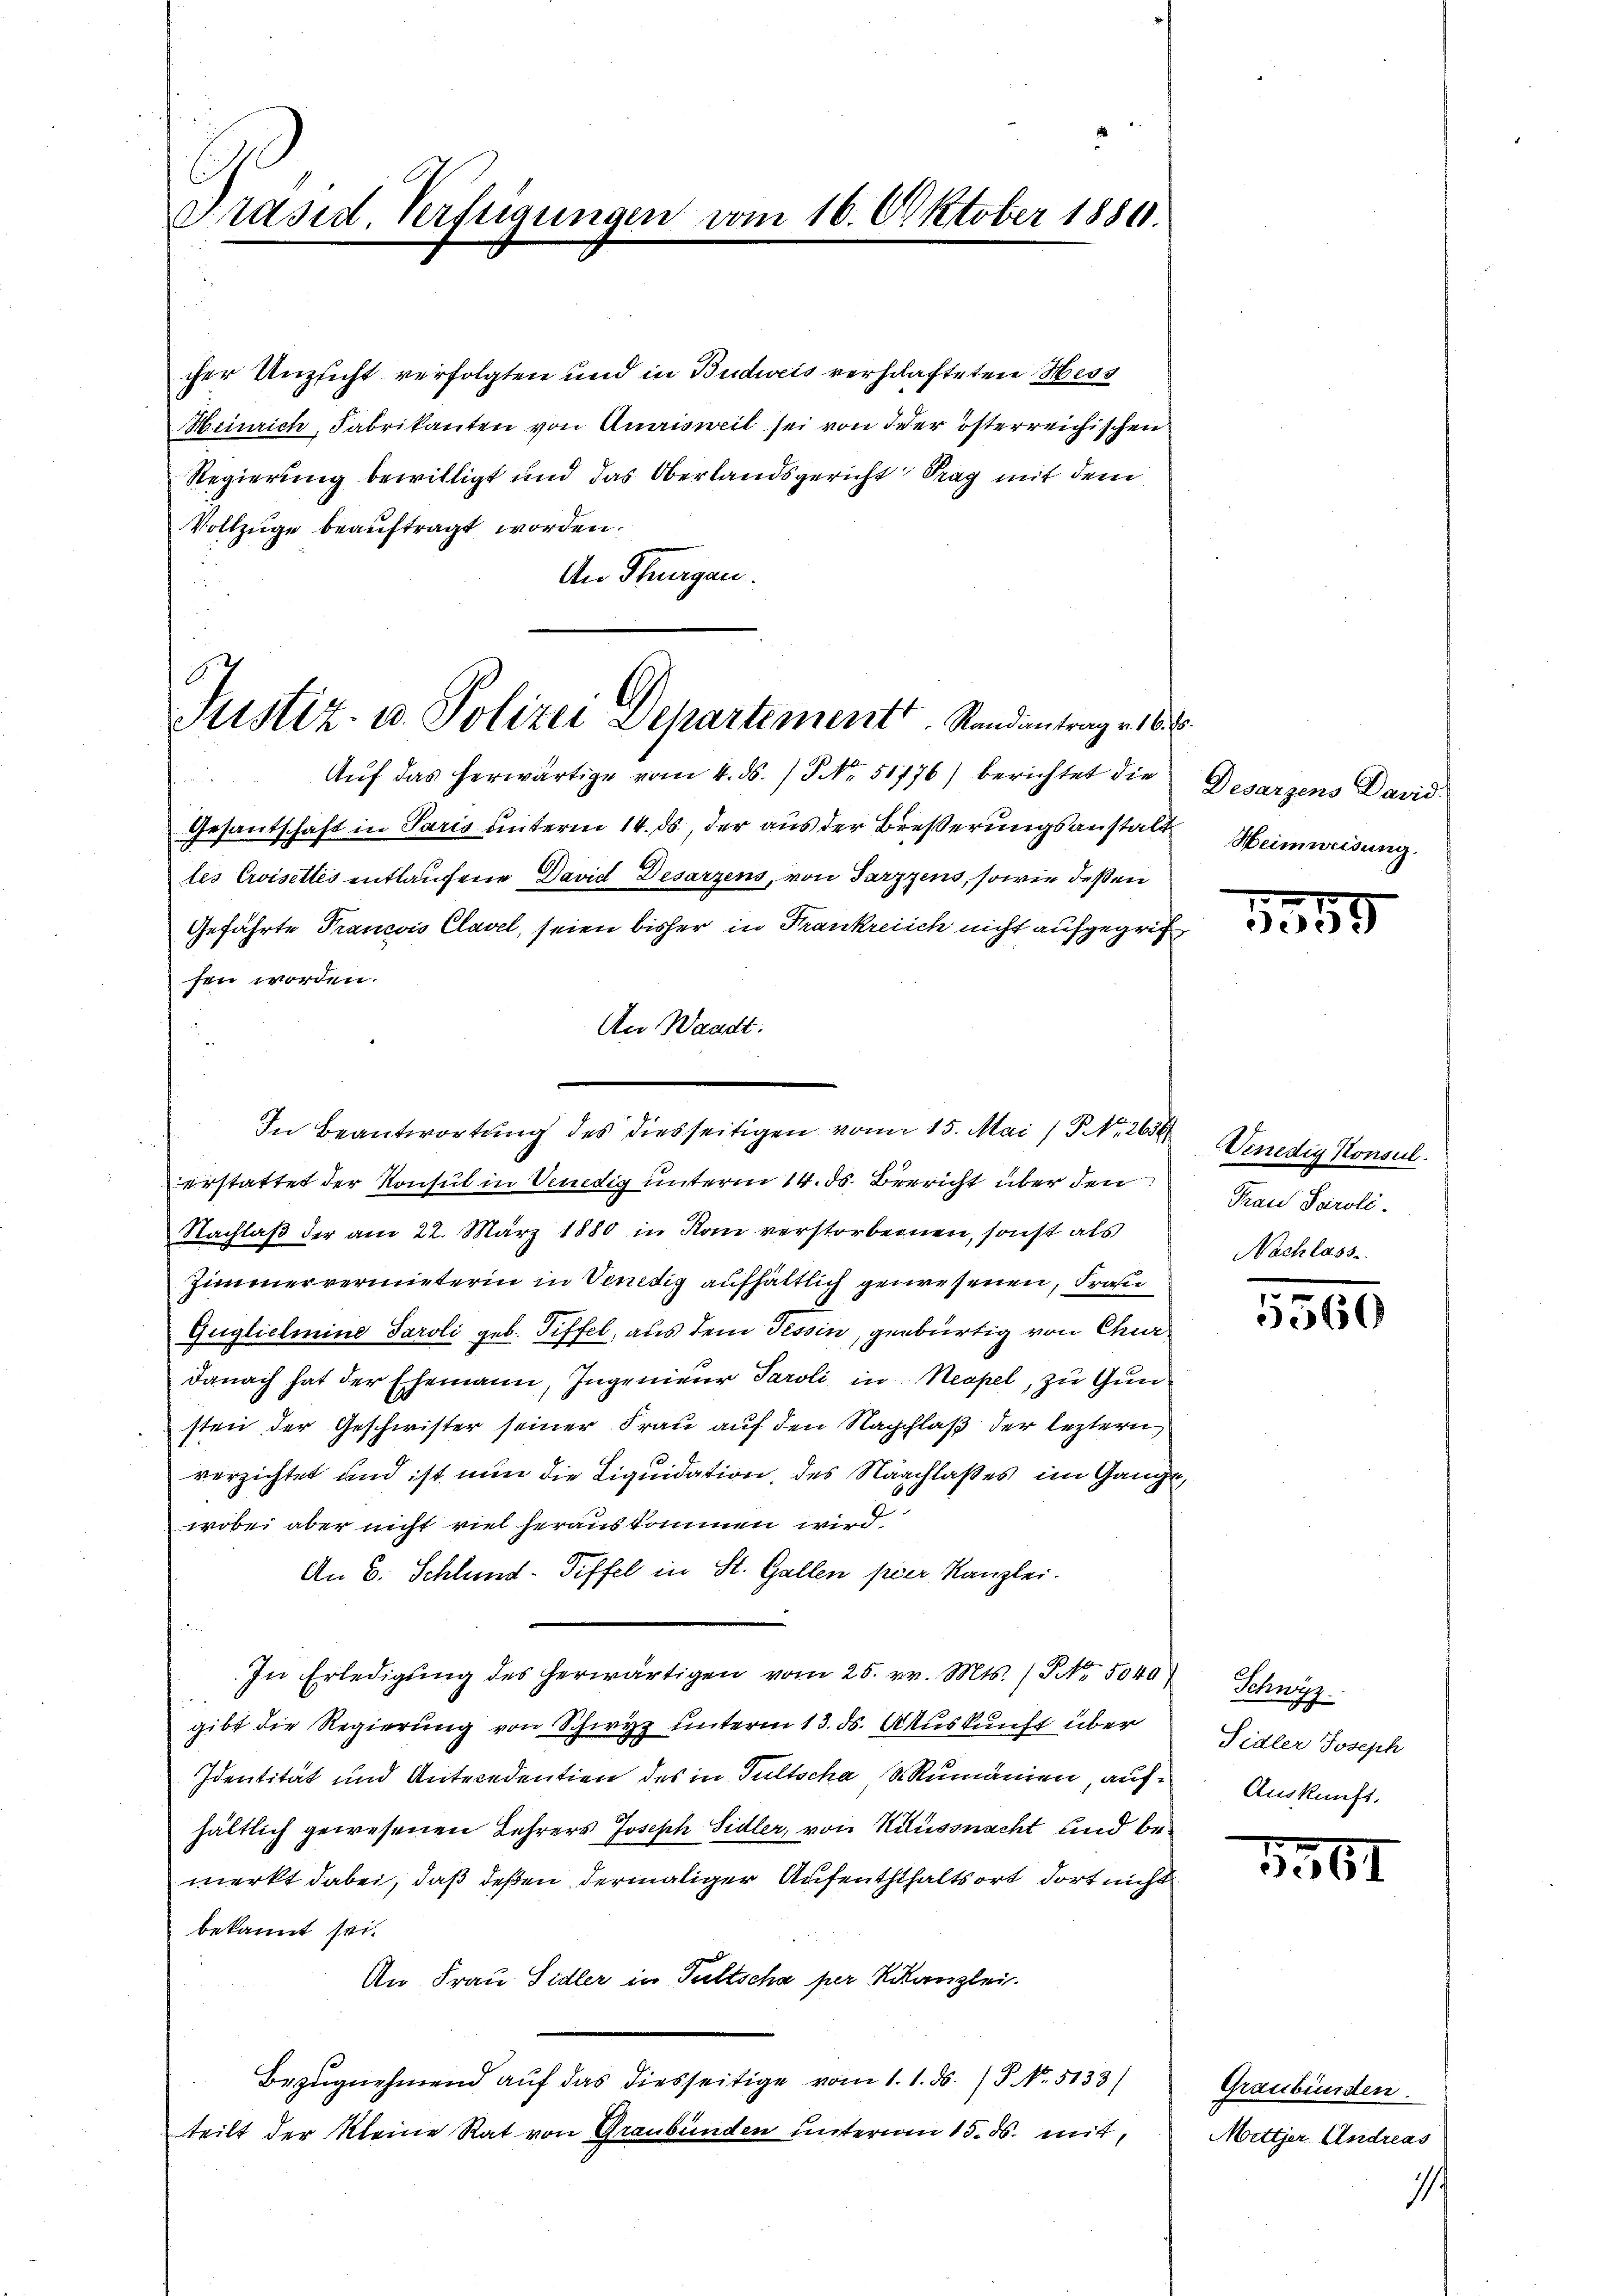
Präsid. Verfügungen vom 16. Oktober 1881.

cher Unzsicht verfolgten und in Budweis verschafteten Hess
Heinrich, Fabrikanten von Amrisweil sei von der österreichischen
Regierung bewilligt und das Oberlandsgericht Prag mit dem
Vollzüge beauftragt worden.
An Thurgau.

Justiz- u. Polizei Departement. Randantrag v. 6.

e
Aŭf das herwärtige vom 4. ds. / NNo. 51176) berichtet die Desarzens David
Gesantschaft in Paris unterm 14. ds, der aus der Breßerungsanstalt
tes Crisettes entlaufene David Desarzens, von Tarzzens, sowie deßen
Geführte Francois Clavel, seien bisher in Frankreich nicht aufgegrifsen worden.
An Waadt.
In Beantwortung des diesseitigen von 15. Mai 15. No. 265 Verrestig Konsul
erstattet der Konsul in Vendig unterm 14. ds. Bericht über den
Nachlaß der am 22. März 1880 in Rom verstorbenen, sonst als
Zimmervermieterin in Sentig aufhältlich gewesenen, Fraue
Guglielmine Paroli geb. Tiffel, aus dem Tessin, gebürtig von Chur
danach hat der Ehemann, Ingenieur Paroli in Neapel, zu Gunsten der Geschwister seiner Frau auf den Nachlaß der leztern
verzichtet und ist nun die Liquidation, des Nachlaßes im Gange,
wobei aber nicht viel herauskommen wird
An 6. Schlund-Tiffel in St. Gallen per Kanzlei.
In Erledigŭng des herwärtigen vom 25. v. Mts. / NNo. 5040
gibt die Regierung von Schwyz unterm 13. ds. Auskunft über
Identität und Antecedention des in Tultscha, S. Rumänien, aufhältlich gewesenen Lehrers Joseph Sidler, von Nilussnacht und bemerkt dabei, daß deßen dermaliger Aufenththaltsort, dort nicht
bekannt sei.
An Frau Sidler in Pultscha per Kanzlei.
Bezugnehmend auf das diesseitige vom 1. 1. ds. P. No. 5133)
teilt der Kleine Rat von Graubünden unterm 15. ds. mit,

Heimweisung.

1559

Frau Paroli.
Nachlass

5560

Schwyz.
Sidler Joseph
Auskunft.

3567

Graubünden.
Mitter Andreas

1